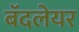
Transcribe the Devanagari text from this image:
बॅदलेयर